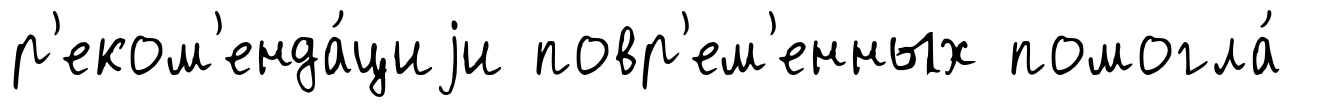
р'еком'енда́циjи повр'ем'енных помогла́